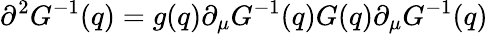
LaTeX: \partial^{2}G^{-1}(q)=g(q)\partial_{\mu}G^{-1}(q)G(q)\partial_{\mu}G^{-1}(q)